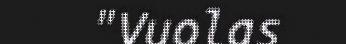
"Vuolas